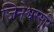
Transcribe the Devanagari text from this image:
जिनेश्वरसूरि